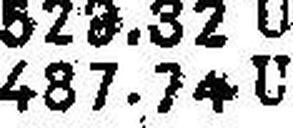
487.74 U